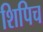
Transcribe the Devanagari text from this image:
शिपिच